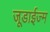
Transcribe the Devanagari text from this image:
जूडाईज्म